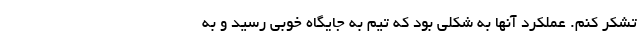
تشکر کنم. عملکرد آنها به شکلی بود که تیم به جایگاه خوبی رسید و به